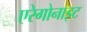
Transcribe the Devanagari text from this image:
एरेगोनाइट